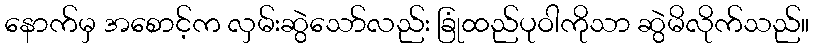
နောက်မှ အစောင့်က လှမ်းဆွဲသော်လည်း ခြုံထည်ပုဝါကိုသာ ဆွဲမိလိုက်သည်။